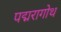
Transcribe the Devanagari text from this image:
पद्मरागोथ